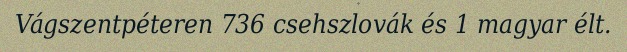
Vágszentpéteren 736 csehszlovák és 1 magyar élt.